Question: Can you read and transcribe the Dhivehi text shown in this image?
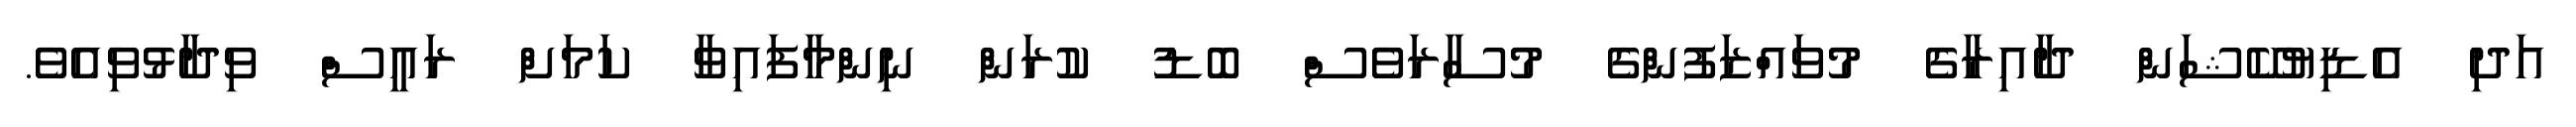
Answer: އަދި އެޑިޔުކޭޝަން ދާއިރާގެ މުވައްޒަފުންގެ މުސާރަވެސް ބޮޑު ކުރަން ނިންމާފައިވާ ކަމަށް ރައީސް ވިދާޅުވިއެވެ.